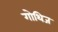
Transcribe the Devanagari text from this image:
गोथिज